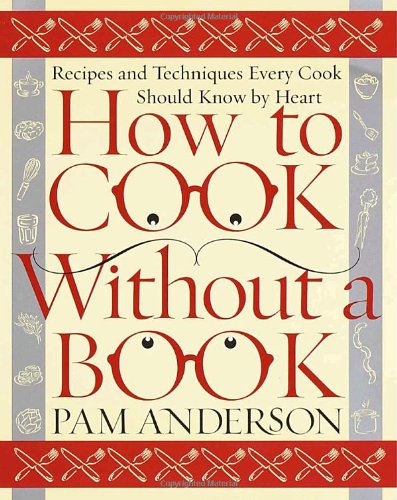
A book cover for How to Cook Without a Book: Recipes and Techniques Every Cook Should Know by Heart; Pam Anderson; Cookbooks, Food & Wine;